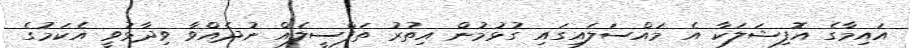
އައިމާގެ އޮފިޝަލަކާ އެ މައްސަލައިގައި ގުޅުމުން އިތުރު ތަފްސީލެއް ނުދެއްވާ ވިދާޅުވީ އެކަމުގެ